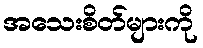
အသေးစိတ်များကို